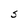
Character: S